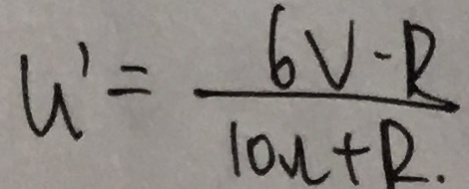
U ^ { \prime } = \frac { 6 V - R } { 1 0 u + R . }